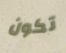
تكون